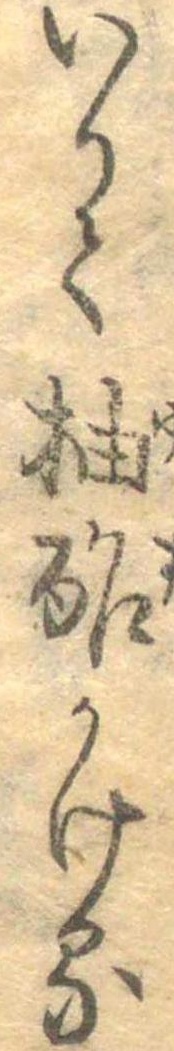
いりて柚酢かける